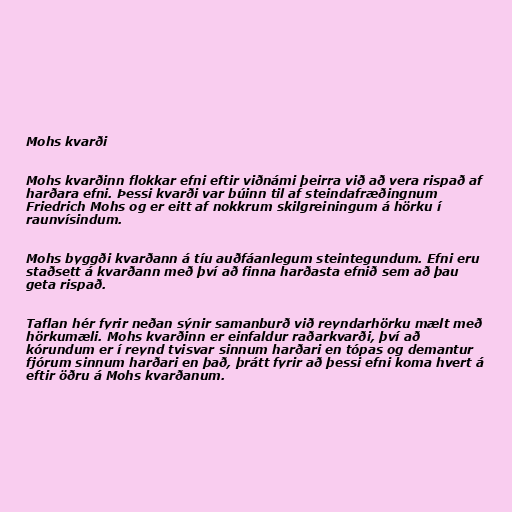
Mohs kvarði

Mohs kvarðinn flokkar efni eftir viðnámi þeirra við að vera rispað af
harðara efni. Þessi kvarði var búinn til af steindafræðingnum
Friedrich Mohs og er eitt af nokkrum skilgreiningum á hörku í
raunvísindum.

Mohs byggði kvarðann á tíu auðfáanlegum steintegundum. Efni eru
staðsett á kvarðann með því að finna harðasta efnið sem að þau
geta rispað.

Taflan hér fyrir neðan sýnir samanburð við reyndarhörku mælt með
hörkumæli. Mohs kvarðinn er einfaldur raðarkvarði, því að
kórundum er í reynd tvisvar sinnum harðari en tópas og demantur
fjórum sinnum harðari en það, þrátt fyrir að þessi efni koma hvert á
eftir öðru á Mohs kvarðanum.